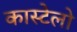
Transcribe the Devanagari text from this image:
कास्टेलो